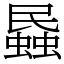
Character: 蟁